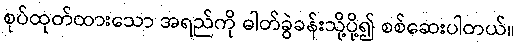
စုပ်ထုတ်ထားသော အရည်ကို ဓါတ်ခွဲခန်းသို့ပို့၍ စစ်ဆေးပါတယ်။